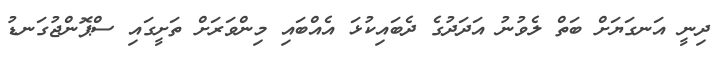
ދިނީ އަނގަޔަށް ބަތް ލެވުނު އަދަދުގެ ދެބައިކުޅަ އެއްބައި މިންވަރަށް ތަށީގައި ސްޕޮންޖުގަނޑު